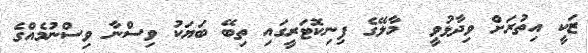
ޒަކީ އިތުރަށް ވިދާޅުވީ  މާލޭގެ ފިނިކޮޓަރީގައި ތިބޭ ބަޔަކު ވިސްނާ ވިސްނުމެއްގެ